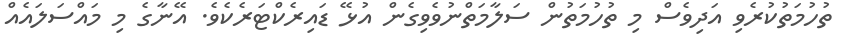
ތުހުމަތުކުރެވި އަދިވެސް މި ތުހުމަތުން ސަލާމަތްނުވެވިގެން އުޅޭ ޑައިރެކްޓަރެކެވެ. އޭނާގެ މި މައްސަލައެއް